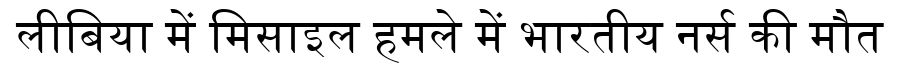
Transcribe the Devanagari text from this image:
लीबिया में मिसाइल हमले में भारतीय नर्स की मौत